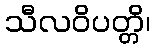
သီလဝိပတ္တိ၊